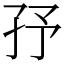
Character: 㜿